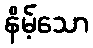
နိမ့်သော